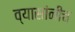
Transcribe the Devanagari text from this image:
व्यासांनीच